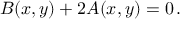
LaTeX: B ( x , y ) + 2 A ( x , y ) = 0 \, .